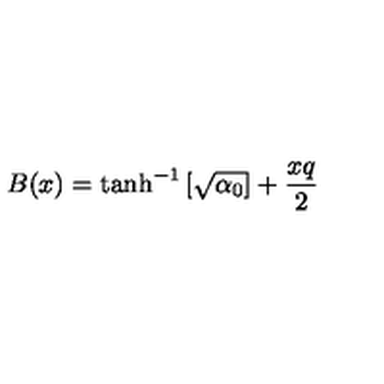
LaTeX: B ( x ) = \tanh ^ { - 1 } \left[ \sqrt { \alpha _ { 0 } } \right] + { \frac { x q } { 2 } }